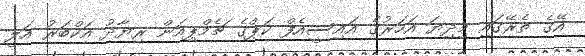
އޭގެ ތެރޭގައި މިދިޔަ އަހަރުގެ އައިސީއެފް ކަޕްގެ ޗެމްޕިއަން ރިޔާދު އަކްބަރު އަލީ